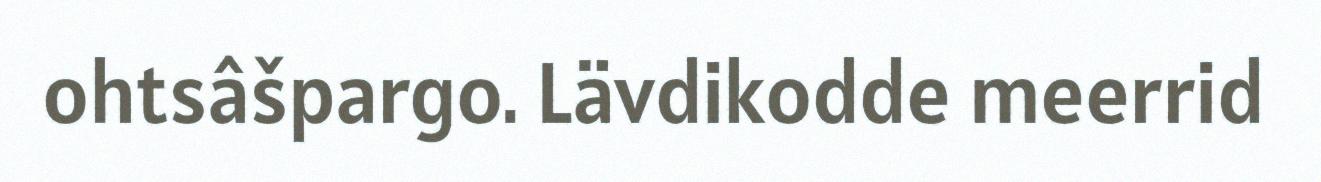
ohtsâšpargo. Lävdikodde meerrid